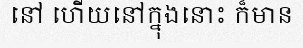
នៅ ហើយនៅក្នុងនោះ ក៏មាន